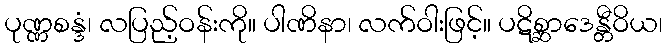
ပုဏ္ဏစန္ဒံ၊ လပြည့်ဝန်းကို။ ပါဏိနာ၊ လက်ဝါးဖြင့်။ ပဋိစ္ဆာဒေန္တီဝိယ၊